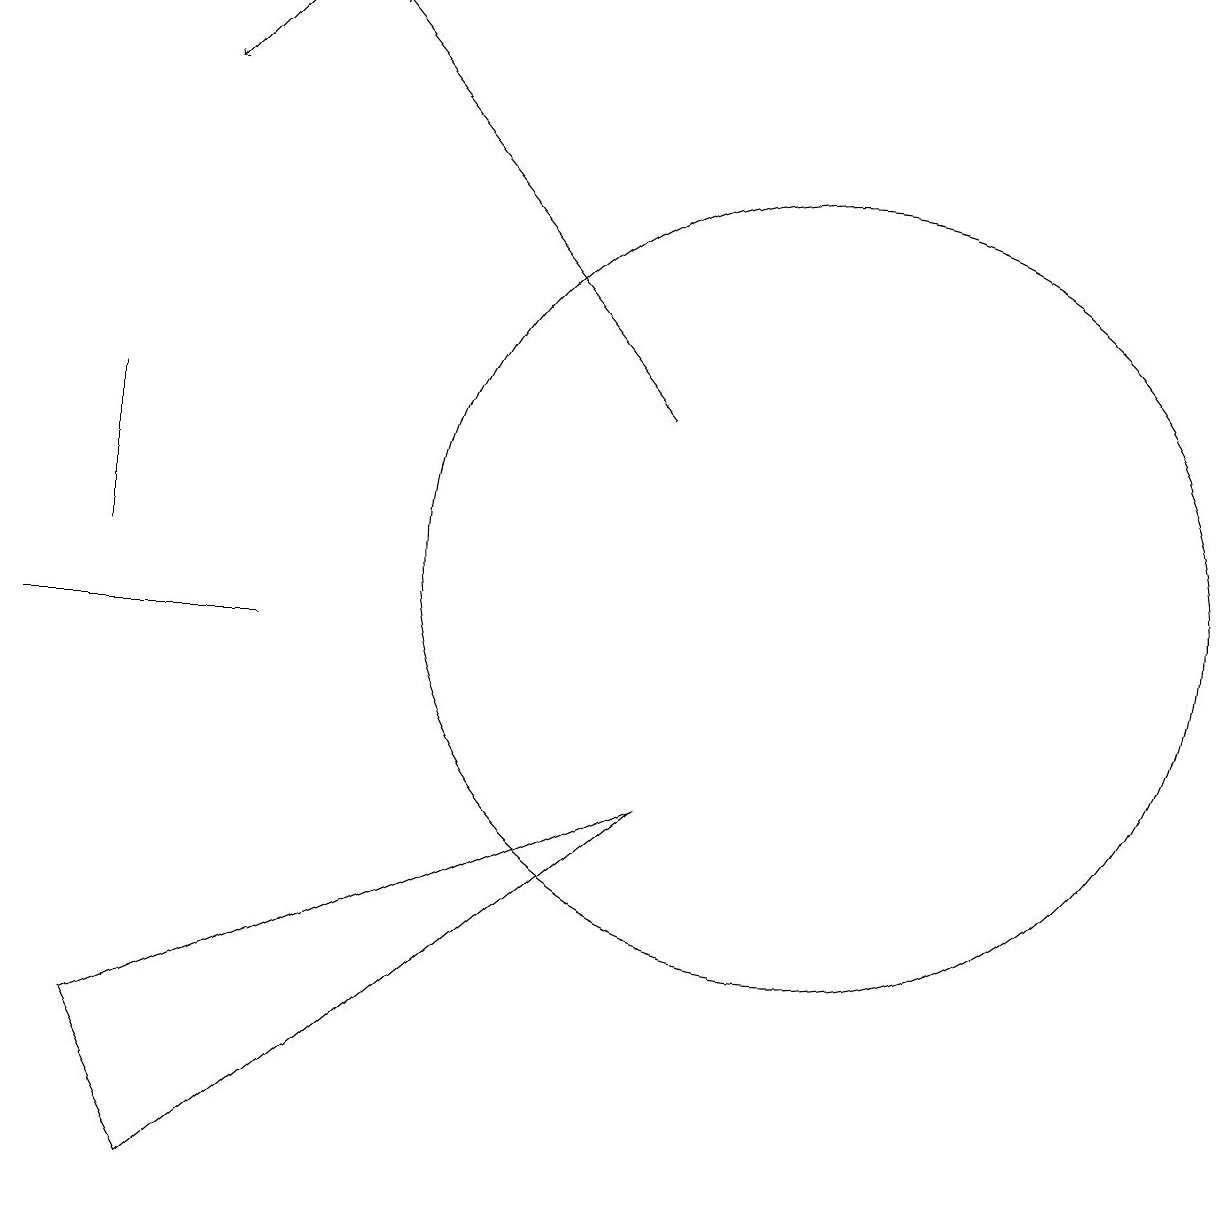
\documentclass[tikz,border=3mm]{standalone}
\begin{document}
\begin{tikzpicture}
\draw[->] (8,13) -- (4,18);
\draw[->] (3,18) -- (2,17);
\draw (1,12) rectangle (1,13);
\draw (8,8) -- (2,3) -- (1,5) -- cycle;
\draw (10,11) circle (5);
\draw (3,10) rectangle (0,10);
\draw (1,13) rectangle (1,11);
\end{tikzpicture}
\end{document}